Annual report of the Bengal Veterinary College and of the Civil Veterinary Department, Bengal, for the year 1909-1910 - 1909-1910
Year: 1909
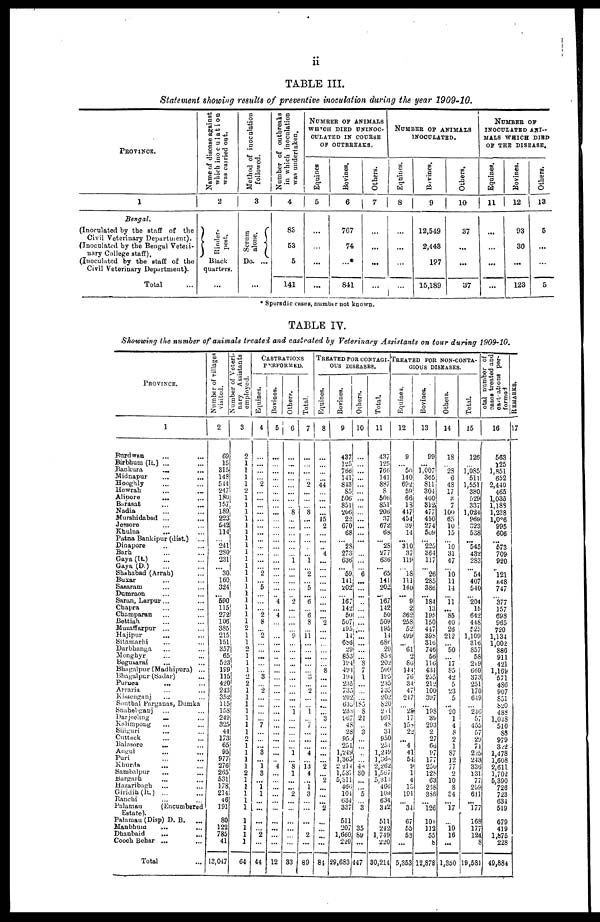
ii
TABLE III.
Statement showing results of preventive inoculation during the year 1909-10.
PROVINCE.
1
Bengal.
(Inoculated by the staff of the
Civil Veterinary Department).
(Inoculated by the Bengal Veteri-
nary College staff).
(Inoculated by the staff of the
Civil Veterinary Department).
Total
Name of disease against
which inoculation
was carried out.
2
Rinder-
pest,
Black
quarters.
...
Method of inoculation
followed.
3
Serum
alone.
Do. ...
...
Number of outbreaks
in which inoculation
was undertaken.
4
83
53
5
141
NUMBER OF ANIMALS
WHICH DIED UNINOC-
CULATED IN COURSE
OF OUTBREAKS,
Equines
5
...
...
...
...
Bovines.
6
767
74
...*
841
Others.
7
...
...
...
...
NUMBER OF ANIMALS
INOCULATED.
Equines.
8
...
...
...
...
Bovines.
9
12,549
2,443
197
15,189
Others.
10
37
...
...
37
NUMBER OF
INOCULATED ANI-
MALS WHICH DIED
OF THE DISEASE,
Equines.
11
...
...
...
......
Bovines.
12
93
30
...
123
Others.
13
5
...
...
5
* Sporadic cases, number not known.
TABLE IV.
Showwing the number of animals treated and castrated by Veterinary Assistants on tour during 1909-10.
PROVINCE.
1
Burdwan ... ...
Birbhum (It.) ... ...
Baukura ... ...
Midnapur ... ...
Hooghly
Howrah ... ...
Alipore ... ...
Barasat ... ...
Nadia ... ...
Murshidabad ... ...
Jessore ... ...
Khulna ... ...
Patna Bankipur (dist.) ...
Dinapore ... ...
Barb. ... ...
Gaya (It.) ... ...
Gaya (D.) ... ...
Shahabad (Arrah) ...
Buxar ... ...
Sasaram ... ...
Dumraon ... ...
Saran, Larpur... ...
Chapra ... ...
Champaran ... ...
Bettiah ... ...
Muzaffarpur ... ...
Hajipur ... ...
Sitamarhi ... ...
Darbhanga ... ...
Monghyr ... ...
Bogusarai ... ...
Bhagalpur (Madhipura) ...
Bhagalpur (Sadar) ...
Puruea ... ...
Arraria ... ...
Kissenganj ... ...
Sonthal Parganas, Dumka
Shahebganj ... ...
Darjeeling ... ...
Kolimpong ... ...
Siliguri ... ...
Cuttack ... ...
Balasore
... ...
Angul ... ...
Puri ... ...
Khurda ... ...
Sambalpur ... ...
Bargarh ... ...
Hazaribagh ... ...
Giridih (lt.) ... ...
Ranchi ... ...
Palamau
(Encumbered
Estate).
Palamau (Disp) D. B. ...
Manbbum ... ...
Dhanbaid ... ...
Cooch Behar ... ...
Total ...
Number of villages
visited.
2
69
15
315
148
544
247
180
157
189
223
542
114
...
241
280
231
...
30
160
324
...
590
115
272
106
385
215
151
357
65
523
199
115
42C
243
352
115
15S
249
325
44
173
65
95
977
276
265
531
178
214
46
191
...
80
122
785
41
13,047
Number of Veteri-
nary Assistants
employed.
3
2
1
1
1
1
2
1
1
1
1
1
1
1
1
1
1
|
1
1
1
1
1
1
1
1
1
2
1
1
2
1
1
1
2 2
1
1
1
1
1
1
1
2
1
1
|
1
1
2 1
1
1
1
1
...
1
1
1
1
64
CASTRATIONS PERFORMED.
Equines.
4
...
...
...
...
2
...
...
...
...
...
...
...
...
...
...
...
...
2
...
5
...
...
...
2
8
... 2
...
...
...
...
...
3
...
2
...
...
...
... 7
...
...
... 3
...
1 3
... 1
1
...
...
...
...
...
2
...
44
Bovines.
5
...
...
...
...
...
...
...
...
...
...
...
...
...
...
...
...
...
...
...
...
...
4
...
4
...
...
...
...
...
...
...
...
...
...
...
...
...
...
...
...
...
...
...
...
...
4
...
...
...
...
...
...
...
...
...
...
...
12
Others.
6
...
...
...
...
...
...
...
...
8
...
...
...
...
...
...
1
...
...
...
...
...
2
...
...
...
...
9
...
...
...
...
...
...
...
...
...
...
1
...
...
...
...
...
1
...
8 1
...
...
2
...
...
...
...
...
...
...
33
Total,
7
...
...
...
...
2
...
...
...
8
...
...
...
...
...
...
1
...
2
...
5
...
6
...
6
8
...
11
...
...
...
...
...
3
......
2
...
...
1
...
7
...
...
...
4
...
13
4
...
1
3
...
...
...
...
...
2
...
89
TREATED FOR CONTAGI¬OUS DISEASES.
Equines.
8
...
...
...
...
44
...
...
...
...
15
2
...
...
...
4
...
...
...
...
...
...
...
...
...
2
...
...
...
...
...
...
8
...
...
...
...
...
...
3
...
...
...
...
...
...
2
...
2
...
...
...
2
...
...
...
...
...
84
Bovines.
9
437
125
766
141
843
85
506
851
206
22
670
68
28
273
636
... 59
141
202
...
167
142
50
507
195
14
686
29
853
194
491
194
235
735
202
635
233
967
48
28
95
251
1,249
1.365
2,214
1,537
5,311
466
104
634
337
...
511
207
1,660
220
29,683
Others.
10
...
...
...
...
...
...
...
...
...
...
...
...
...
...
...
...
...
6
...
...
...
...
...
....
...
...
...
...
...
...
8 7
1
...
...
...
185
8
21
...
3
...
...
...
...
46
30
...
...
5
...
3
...
...
35
89
...
447
Total.
11
437
125
766
141
887
8
506
851
206
37
672
68
...
28
277
636
...
65
141
202
... 167
142
50
509
195
14
686
29
853
202
509
195
235
735
202
820
271
991
48
31
950
251
1,249
1,366
2,262
1,567
5,313
460
109
634
342
...
511
242
1,749
220
30,214
TREATED FOR NON-COHTA-
GIOUS DISEASES.
Equines,
12
9
...
50
140
692]
59
66
13
447
454
39
14
... 310
37
119
...
18 111
140
... 9
2
362
258
52
499
...
61 2
86
144
76
34
47
247
...
28
17
158
2_
...
4
41
54
9
1
4
13
191
...
34
...
67
55
53
...
5,353
Bovines.
13
99
...
1,007
365
811
304
460
312
477
450
274
509
...
225
364
117
... 26
285
386
... 184
13
195
150
447
398
316
746
56
116
431
255
212
100
397
...
198
39
293
2
27
66
97
177
25l
128
63
238
386
...
126
...
101
112
55
8
12,878
Others.
14
18
...
28
6
48
17
3
7
100
65
10
15
...
10 31
47
...
10 11
14
... 11
... 85
40
26
212
... 50
...
17
85
42
5
23
5
...
20
1
4
8
2
1
87
12
77
2
10
8
34
... 17
...
...
10
16
...
1,360
Total.
15
126
...
l,085
511
1,551
380
529
337
1,024
969
323
538
... 545
432
283
...
54
407
540
...
204
15
642
448
525
1,109
316
857
58
219
660
373
251
170
649
...
240
57
455
57
29
71
225
243
33b
131
77
259
611
... 177
...
168
177
124
8
19,581
Total
number of
cases treated and
castations per-
formed
16
563
125
1,851
652
2,440
465
1,035
1.188
1,238
1,036
995
606
... 573
709
920
...
l21
548
747
...
377
157
698
965
720
1,134
1,002
886
911
421
1,169
571
486
907
851
820
488
1,048
510
88
979
322
1,478
1,608
2,611
1,702
5,390
726
723
634
519
...
679
419
1,875
228
49,884
REMARKS
17